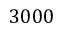
3 0 0 0